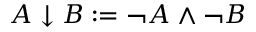
A \downarrow B : = \neg A \land \neg B